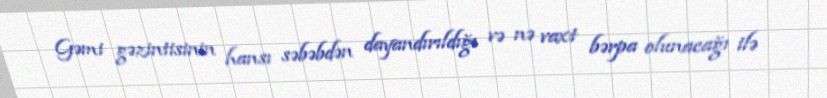
Gəmi gəzintisinin hansı səbəbdən dayandırıldığı və nə vaxt bərpa olunacağı ilə